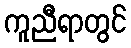
ကူညီရာတွင်